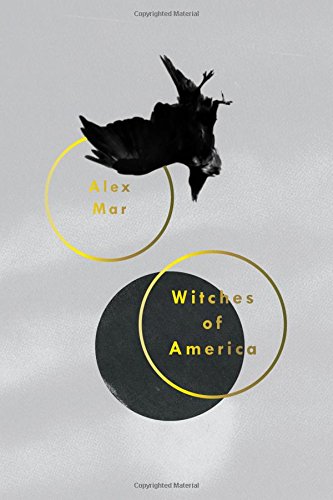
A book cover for Witches of America; Alex Mar; Biographies & Memoirs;